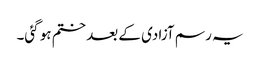
یہ رسم آزادی کے بعد ختم ہو گئی۔